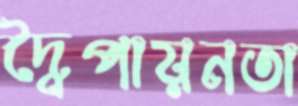
দ্বৈপায়নতা